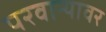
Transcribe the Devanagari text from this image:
परवान्यावर